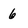
Character: 6